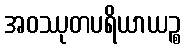
အဝဿုတပရိယာယဉ္စ